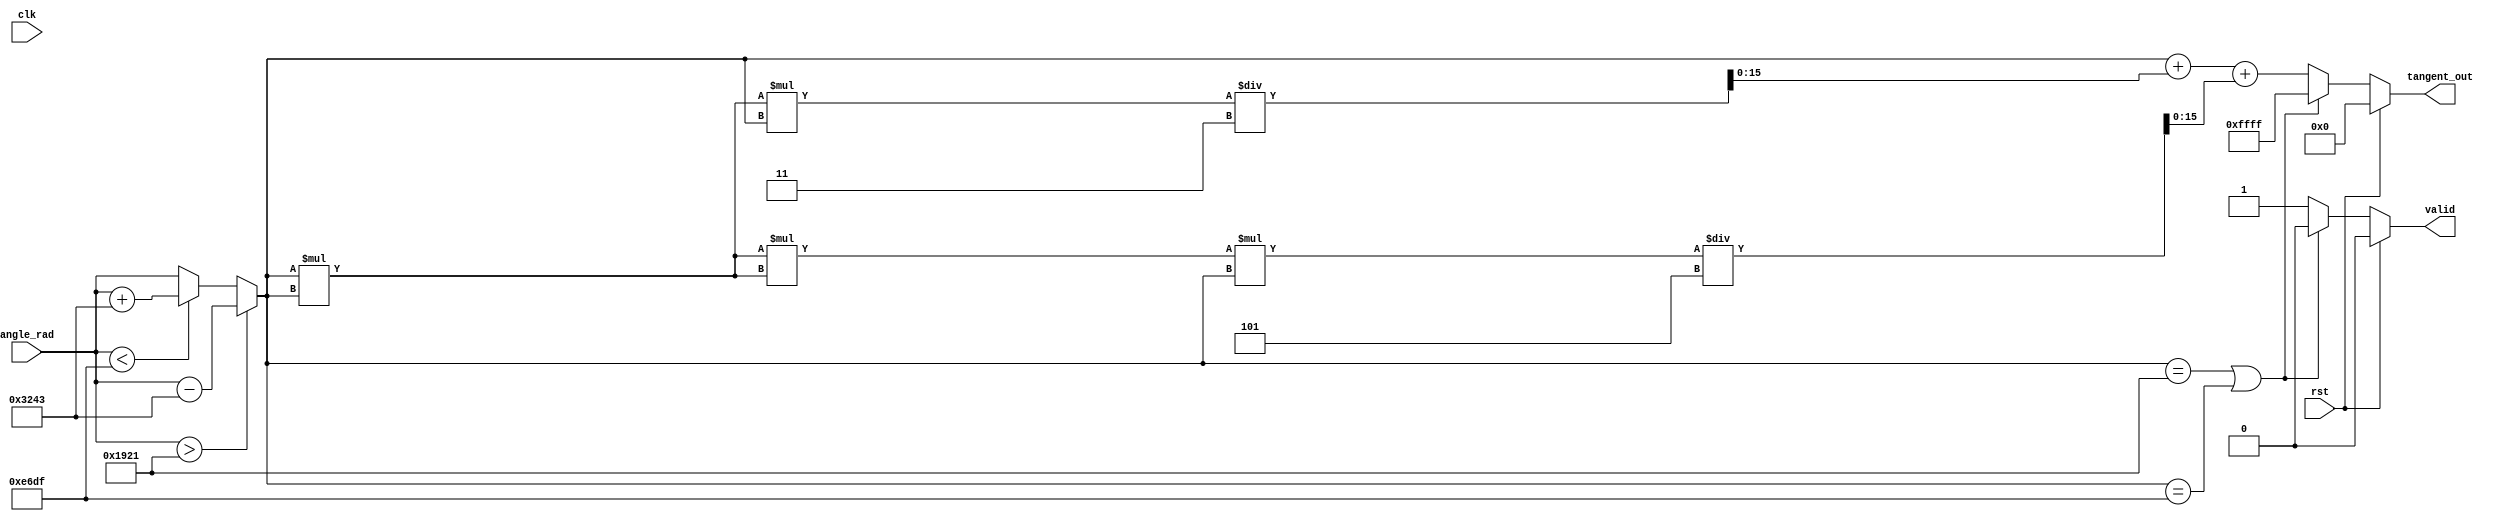
module tan_function (
    input clk,
    input rst,
    input [15:0] angle_rad, // 16-bit fixed-point representation of angle in radians
    output reg [15:0] tangent_out, // 16-bit fixed-point representation of tan(angle)
    output reg valid // Signal indicates valid output
);

    // Constants for Pi and Pi/2 in fixed-point representation
    parameter PI     = 16'h3243; //  in fixed-point (scaled), assume 1 unit is represented in 16 bits
    parameter PI_2   = 16'h1921; // /2 in fixed-point (scaled)

    // Internal wires and regs
    reg [15:0] normalized_angle; // Normalized angle
    reg [15:0] x, x_squared;

    // Function to normalize angle to the range of -/2 to /2
    function [15:0] normalize_angle;
        input [15:0] angle;
        reg [15:0] temp_angle;
        begin
            temp_angle = angle;
            if (temp_angle > PI_2) begin
                temp_angle = temp_angle - PI;
            end else if (temp_angle < -PI_2) begin
                temp_angle = temp_angle + PI;
            end
            normalize_angle = temp_angle;
        end
    endfunction

    // Calculating tangent using Taylor series:
    // tan(x)  x + x^3/3 + x^5/5 + x^7/7 for small values of x
    always @(*) begin
        valid = 1'b0; // Default output invalid
        if (rst) begin
            tangent_out = 16'b0; // Reset output
        end else begin
            // Normalize the input angle
            normalized_angle = normalize_angle(angle_rad);

            // Check for discontinuities
            if (normalized_angle == PI_2 || normalized_angle == -PI_2) begin
                tangent_out = 16'hFFFF; // Indicating undefined (can represent NaN)
            end else begin
                // Compute tangent using Taylor series expansion
                // x = normalized_angle
                x = normalized_angle;

                // x^2
                x_squared = x * x;

                // tan(x) = x + x^3/3 + x^5/5
                tangent_out = x + (x_squared * x) / 3 + 
                               (x_squared * x_squared * x) / 5; // 5 * 5 + 5 * 3 for fixed point

                valid = 1'b1; // Mark output as valid
            end
        end
    end

endmodule